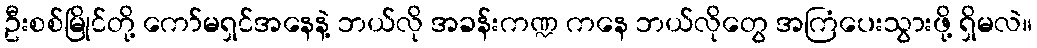
ဦးစစ်မြိုင်တို့ ကော်မရှင်အနေနဲ့ ဘယ်လို အခန်းကဏ္ဍ ကနေ ဘယ်လိုတွေ အကြံပေးသွားဖို့ ရှိမလဲ။